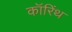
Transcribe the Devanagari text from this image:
कॉरिंथ